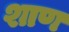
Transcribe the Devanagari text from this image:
शाण